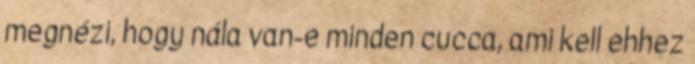
megnézi, hogy nála van-e minden cucca, ami kell ehhez